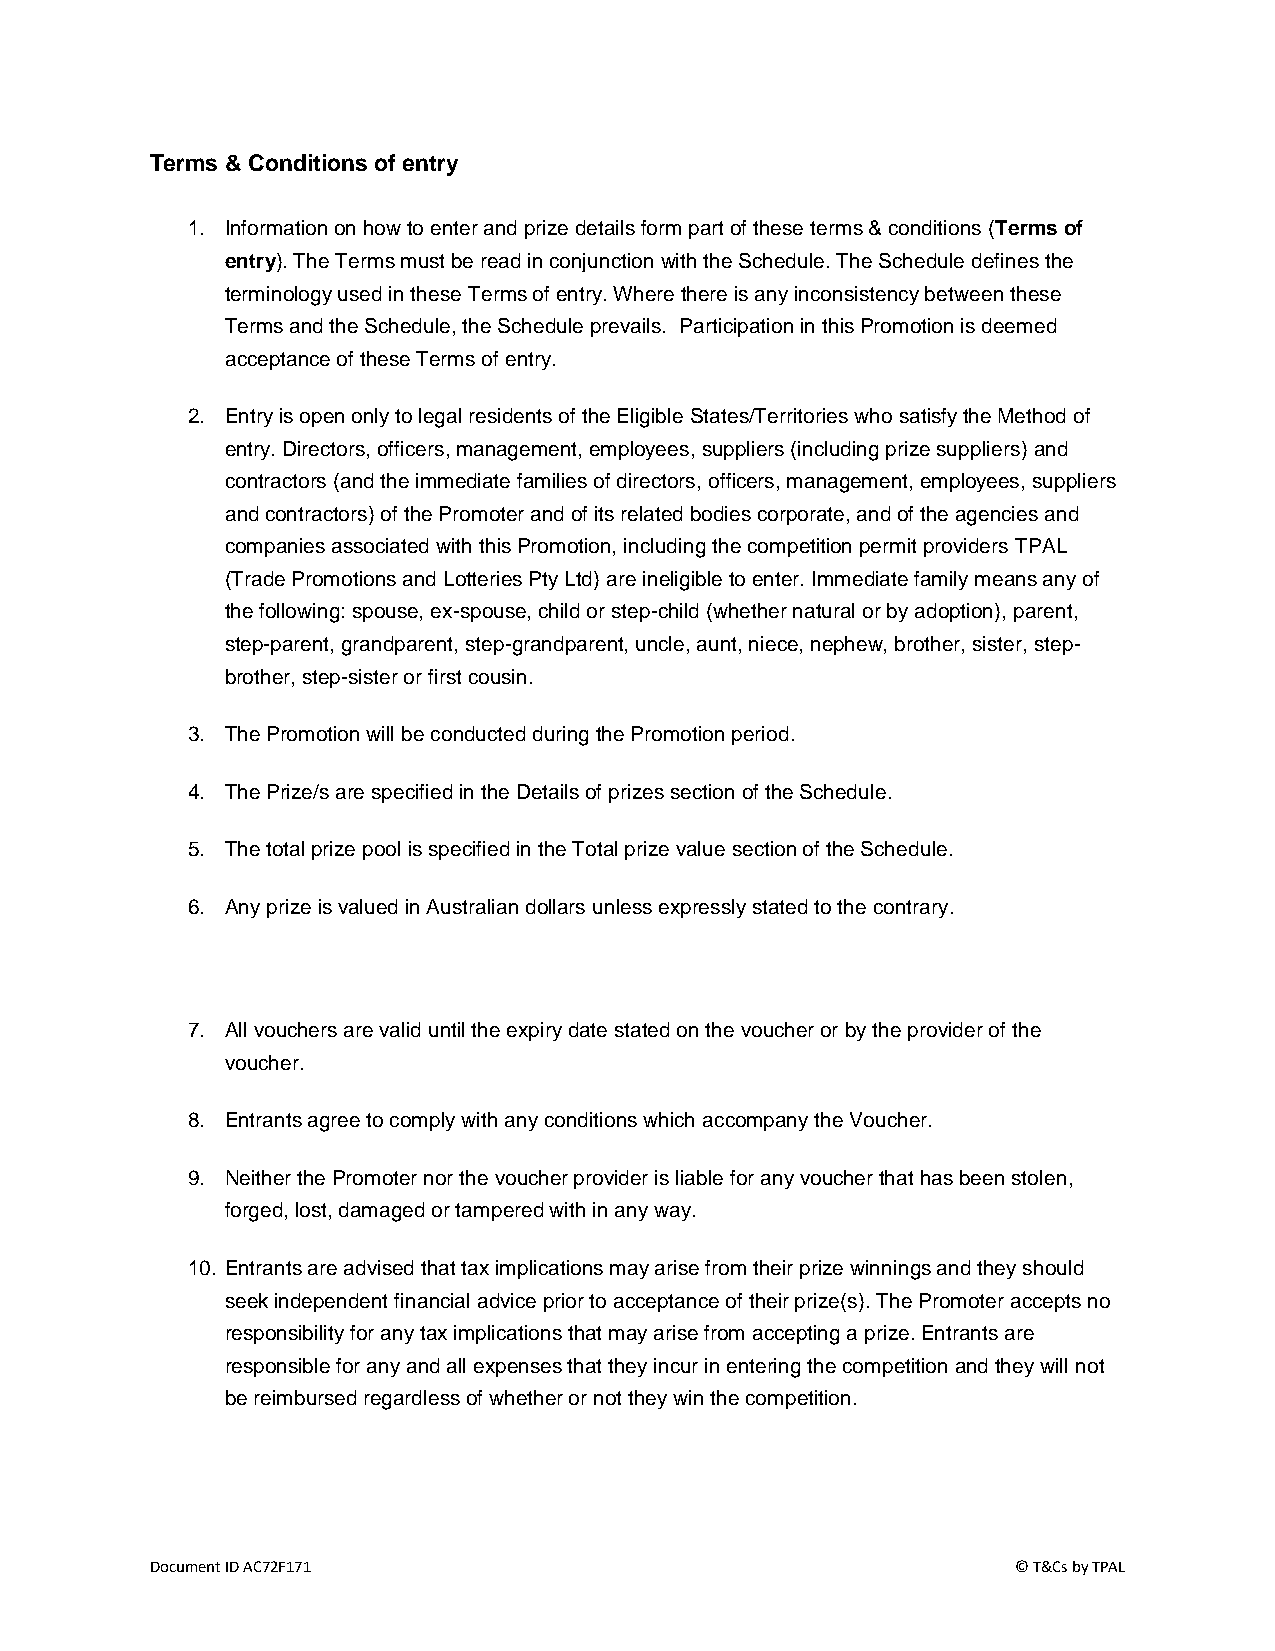
Terms & Conditions of entry
 1. Information on how to enter and prize details form part of these terms & conditions (Terms of
 entry). The Terms must be read in conjunction with the Schedule. The Schedule defines the
 terminology used in these Terms of entry. Where there is any inconsistency between these
 Terms and the Schedule, the Schedule prevails. Participation in this Promotion is deemed
 acceptance of these Terms of entry.
 2. Entry is open only to legal residents of the Eligible States/Territories who satisfy the Method of
 entry. Directors, officers, management, employees, suppliers (including prize suppliers) and
 contractors (and the immediate families of directors, officers, management, employees, suppliers
 and contractors) of the Promoter and of its related bodies corporate, and of the agencies and
 companies associated with this Promotion, including the competition permit providers TPAL
 (Trade Promotions and Lotteries Pty Ltd) are ineligible to enter. Immediate family means any of
 the following: spouse, ex-spouse, child or step-child (whether natural or by adoption), parent,
 step-parent, grandparent, step-grandparent, uncle, aunt, niece, nephew, brother, sister, step-
 brother, step-sister or first cousin.
 3. The Promotion will be conducted during the Promotion period.
 4. The Prize/s are specified in the Details of prizes section of the Schedule.
 5. The total prize pool is specified in the Total prize value section of the Schedule.
 6. Any prize is valued in Australian dollars unless expressly stated to the contrary.
 7. All vouchers are valid until the expiry date stated on the voucher or by the provider of the
 voucher.
 8. Entrants agree to comply with any conditions which accompany the Voucher.
 9. Neither the Promoter nor the voucher provider is liable for any voucher that has been stolen,
 forged, lost, damaged or tampered with in any way.
 10. Entrants are advised that tax implications may arise from their prize winnings and they should
 seek independent financial advice prior to acceptance of their prize(s). The Promoter accepts no
 responsibility for any tax implications that may arise from accepting a prize. Entrants are
 responsible for any and all expenses that they incur in entering the competition and they will not
 be reimbursed regardless of whether or not they win the competition.
 Document ID AC72F171                                     © T&Cs by TPAL